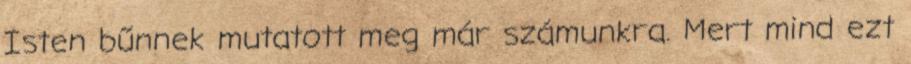
Isten bűnnek mutatott meg már számunkra. Mert mind ezt